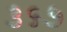
૩૬૭